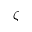
\zeta